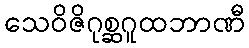
သေဝိဇိဂုစ္ဆဂူထဘာဏီ